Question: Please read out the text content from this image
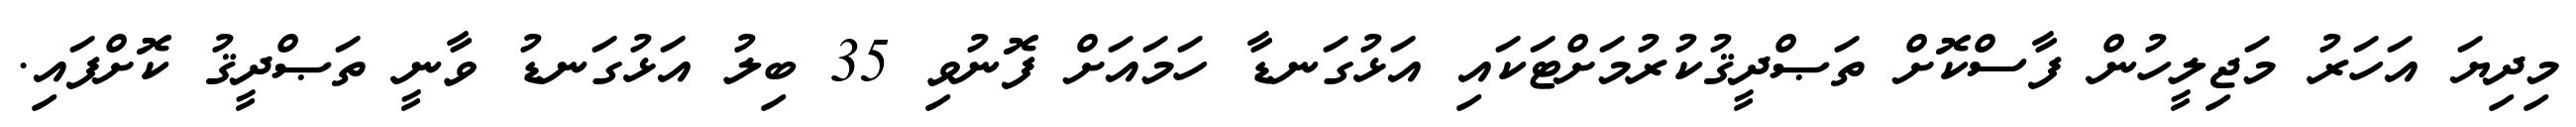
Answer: މިދިޔަ އަހަރު މަޖިލީހުން ފާސްކޮށް ތަޞްދީޤުކުރުމަށްޓަކައި އަޅުގަނޑާ ހަމައަށް ފޮނުވި 35 ބިލު އަޅުގަނޑު ވާނީ ތަޞްދީޤު ކޮށްފައި.